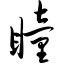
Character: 瞳